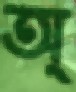
অ্